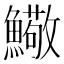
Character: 𩼃